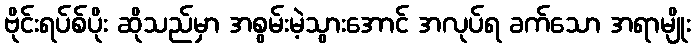
ဗိုင်းရပ်စ်ပိုး ဆိုသည်မှာ အစွမ်းမဲ့သွားအောင် အလုပ်ရ ခက်သော အရာမျိုး